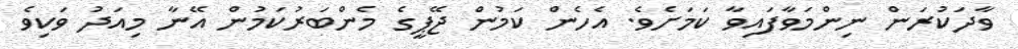
ވާދަކުރަން ނިންމަވާފައިވާ ކަމަށެވެ. އެހެން ކަމުން ޖޭޕީގެ މެންބަރުކަމުން އޭނާ މިއަދު ވަކިވެ